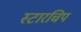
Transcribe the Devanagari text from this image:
स्टारचिप